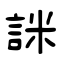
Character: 詸